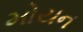
મોયન